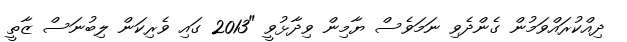
ދިއްކުރައްވަމުން ގެންދެވި ނަމަވެސް ޔާމިން ވިދާޅުވީ "2013 ގައި ވެރިކަން ލިބުނަސް ޒާތީ